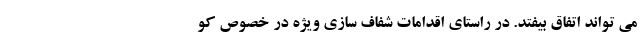
می تواند اتفاق بیفتد. در راستای اقدامات شفاف سازی ویژه در خصوص کو